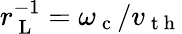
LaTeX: r_{\mathrm{~L~}}^{-1}=\omega_{\mathrm{~c~}}/v_{\mathrm{~t~h~}}